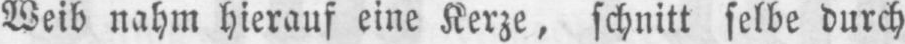
Weib nahm hierauf eine Kerze, schnitt selbe durch